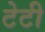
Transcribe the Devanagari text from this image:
टेटी